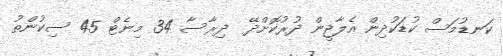
ކަނޑުމަސް ކުޑަކުދިން އެލާޖީން ދުރުކޮށްދޭ  ދިރާސާ 34 މިނެޓް 45 ސިކުންތު